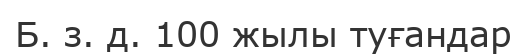
Б. з. д. 100 жылы туғандар